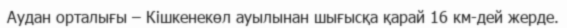
Аудан орталығы – Кішкенекөл ауылынан шығысқа қарай 16 км-дей жерде.